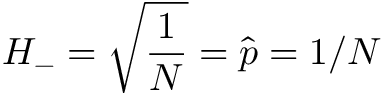
H _ { - } = \sqrt { \frac { 1 } { N } } = \hat { p } = 1 / N